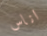
اناس